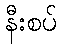
နီးစပ်